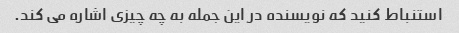
استنباط کنید که نویسنده در این جمله به چه چیزی اشاره می کند.